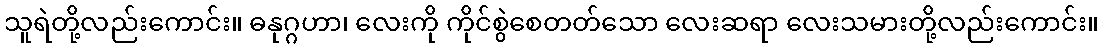
သူရဲတို့လည်းကောင်း။ ဓနုဂ္ဂဟာ၊ လေးကို ကိုင်စွဲစေတတ်သော လေးဆရာ လေးသမားတို့လည်းကောင်း။